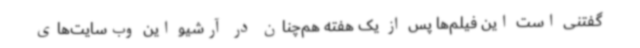
گفتنی است این فیلم‌ها پس از یک هفته هم‌چنان در آرشیو این وب‌سایت‌های